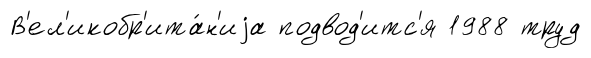
В'ел'икобр'ита́н'иjа подвод'итс'я 1988 труд